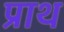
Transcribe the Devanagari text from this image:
प्राथ